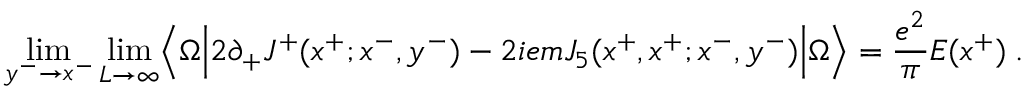
\operatorname * { l i m } _ { y ^ { - } \rightarrow x ^ { - } } \operatorname * { l i m } _ { L \rightarrow \infty } \Bigl \langle \Omega \Bigl \vert 2 \partial _ { + } J ^ { + } ( x ^ { + } ; x ^ { - } , y ^ { - } ) - 2 i e m J _ { 5 } ( x ^ { + } , x ^ { + } ; x ^ { - } , y ^ { - } ) \Bigr \vert \Omega \Bigr \rangle = { \frac { e ^ { 2 } } { \pi } } E ( x ^ { + } ) \; .